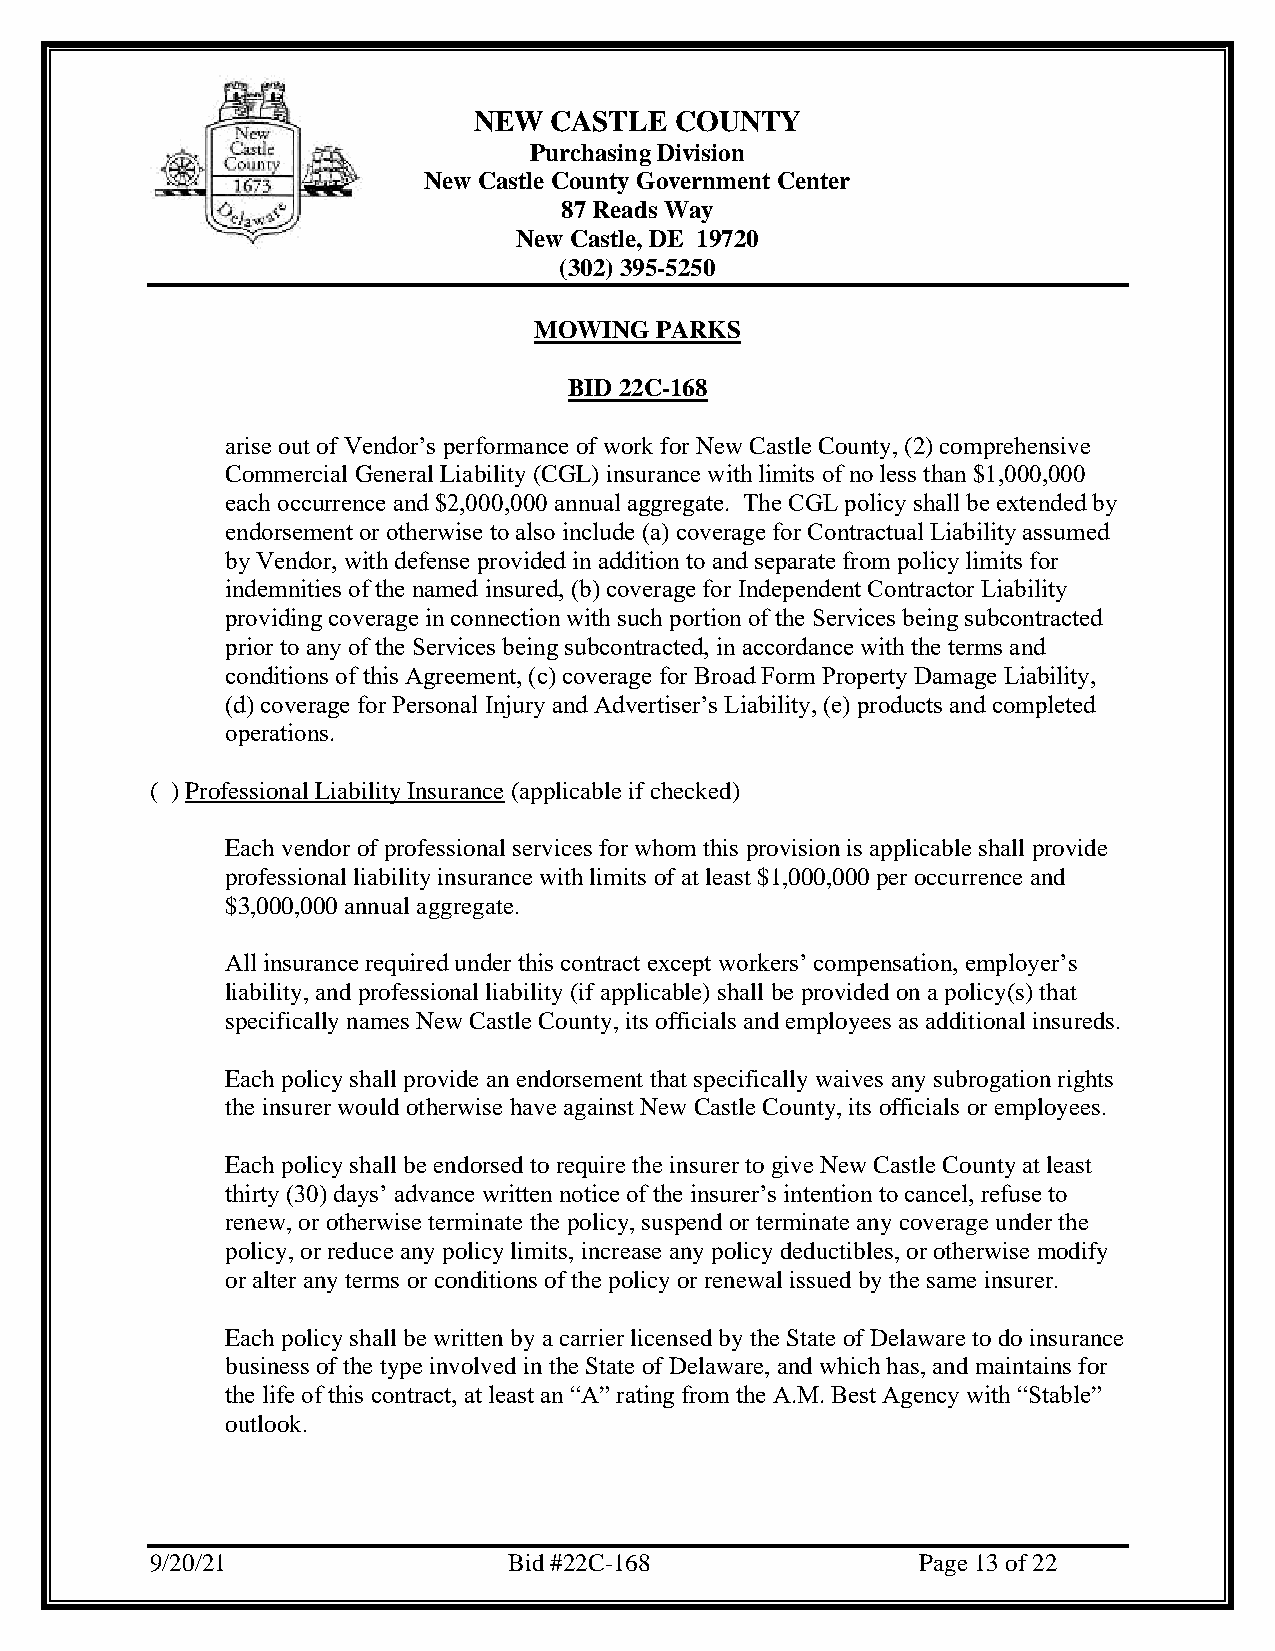
NEW  CASTLE   COUNTY
 Purchasing Division
 New Castle County Government Center
 87 Reads Way
 New Castle, DE 19720
 (302) 395-5250
 MOWING  PARKS
 BID 22C-168
 arise out of Vendor’s performance of work for New Castle County, (2) comprehensive
 Commercial General Liability (CGL) insurance with limits of no less than $1,000,000
 each occurrence and $2,000,000 annual aggregate. The CGL policy shall be extended by
 endorsement or otherwise to also include (a) coverage for Contractual Liability assumed
 by Vendor, with defense provided in addition to and separate from policy limits for
 indemnities of the named insured, (b) coverage for Independent Contractor Liability
 providing coverage in connection with such portion of the Services being subcontracted
 prior to any of the Services being subcontracted, in accordance with the terms and
 conditions of this Agreement, (c) coverage for Broad Form Property Damage Liability,
 (d) coverage for Personal Injury and Advertiser’s Liability, (e) products and completed
 operations.
 ( ) Professional Liability Insurance (applicable if checked)
 Each vendor of professional services for whom this provision is applicable shall provide
 professional liability insurance with limits of at least $1,000,000 per occurrence and
 $3,000,000 annual aggregate.
 All insurance required under this contract except workers’ compensation, employer’s
 liability, and professional liability (if applicable) shall be provided on a policy(s) that
 specifically names New Castle County, its officials and employees as additional insureds.
 Each policy shall provide an endorsement that specifically waives any subrogation rights
 the insurer would otherwise have against New Castle County, its officials or employees.
 Each policy shall be endorsed to require the insurer to give New Castle County at least
 thirty (30) days’ advance written notice of the insurer’s intention to cancel, refuse to
 renew, or otherwise terminate the policy, suspend or terminate any coverage under the
 policy, or reduce any policy limits, increase any policy deductibles, or otherwise modify
 or alter any terms or conditions of the policy or renewal issued by the same insurer.
 Each policy shall be written by a carrier licensed by the State of Delaware to do insurance
 business of the type involved in the State of Delaware, and which has, and maintains for
 the life of this contract, at least an “A” rating from the A.M. Best Agency with “Stable”
 outlook.
 9/20/21                 Bid #22C-168               Page 13 of 22